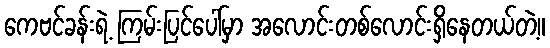
ကေဗင်ခန်းရဲ့ ကြမ်းပြင်ပေါ်မှာ အလောင်းတစ်လောင်းရှိနေတယ်တဲ့။